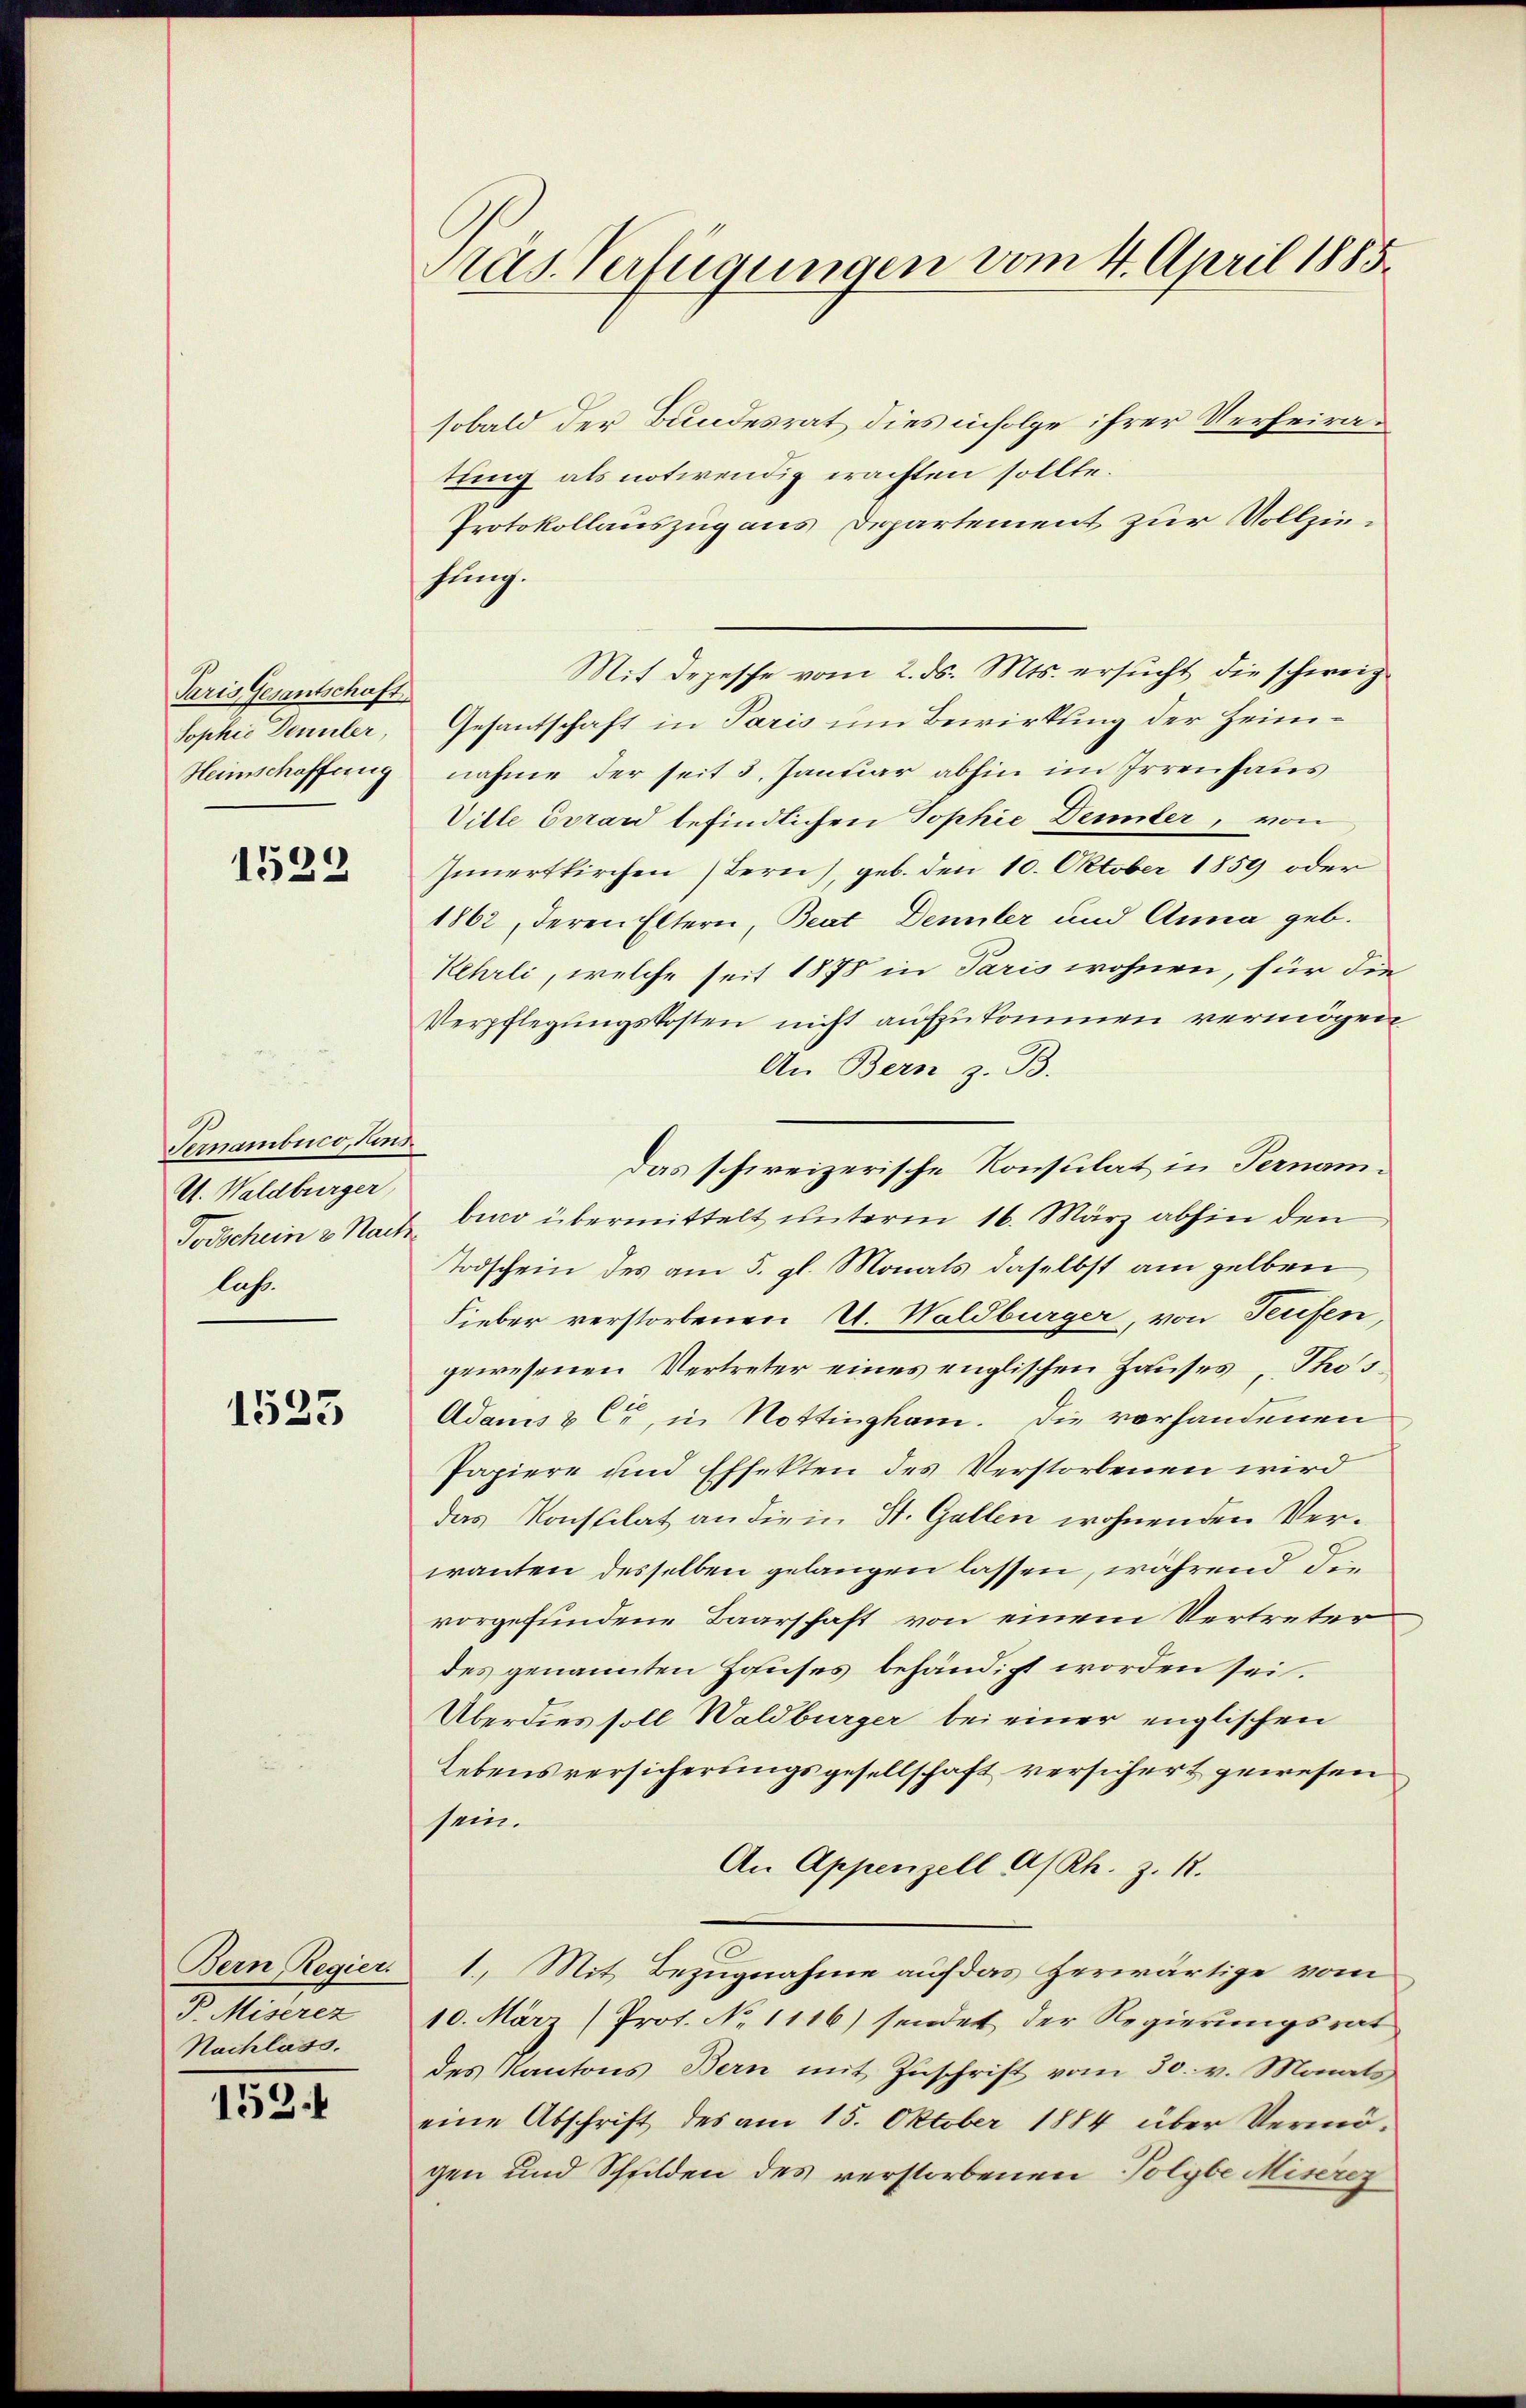
Paris Gesantschaft
Sophie Dennler,
Heimschaffung

1522

Ternambuco, Hins
U. Waldburger,
lus.

1523

Bern Regier
P. Miserez
Nachlass.

152.

Präs. Verfügungen vom 4. April 1885.

sobald der Bundesrat dies infolge ihrer Verheiratung als notwendig erachten sollte.
Protokollauszug aus Departement zur Vollziestung.
Mit depesche vom 2. ds. Mts. ersucht die schweiz
Gesantschaft in Paris um Bewirkung der Heimnahme der seit 3. Januar abhin im Irrenhaus
Ville Evrand befindlichen Sophie Dennler, von
Innertkirchen Bern), geb. den 10. Oktober 1859 oder
1862, deren Eltern, Beat Dennler und Anna geb.
Kehrli, welche seit 1878 in Paris wohnen, für die
Verpflegungskosten nicht aufzukommen vermögen
An Bern z. B.
Todschein & Nach bin übermittelt unterm 16. März abhin den
Todschein des am 5. gl. Monats daselbst am gelben,
Fieber verstorbenen A. Waldburger, von Teufen,
gewesenen Vertreter eines englischen Hauses, Phos¬
Adams & C., in Nottingham. Die vorhandenen
Papiere und Effekten des Verstorbenen wird
das Konstilat an die in St. Gallen wohnenden Verwanten desselben gelangen lassen, während die
vorgefundene Baarschaft von einem Vertreter
des genannten Houses behändigt worden sei.
Überdies soll Waldburger bei einer englischen
Lebensversicherungsgesellschaft versichert gewesen
sein.
An Appenzell A/Rh. z. R.
1. Mit Bezugnahme auf das herwärtige vom
10. März (Prot. No 1116) sendet der Regierungsrat
des Kantons Bern mit Zŭschrift vom 30. v. Monats
eine Abschrift des am 15. Oktober 1884 über Vermögen und Schilden des verstorbenen Polyte Miserez

Das schweizerische Konsulat in Fernam¬